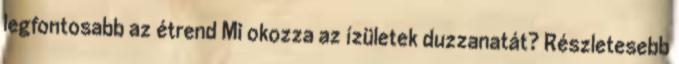
legfontosabb az étrend Mi okozza az ízületek duzzanatát? Részletesebb